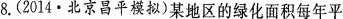
8.(2014·北京昌平模拟)某地区的绿化面积每年平